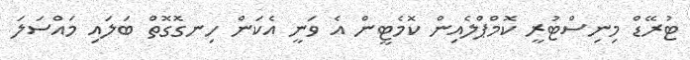
ޓުރޭޑް މިނިސްޓުރީ ކޮމްޕްލެއިން ކޮމެޓީން އެ ވަނީ އެކަން ހިނގޮގޮތް ބަލައި މައްސަލަ